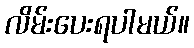
လိမ်းပေးရပါမယ်။